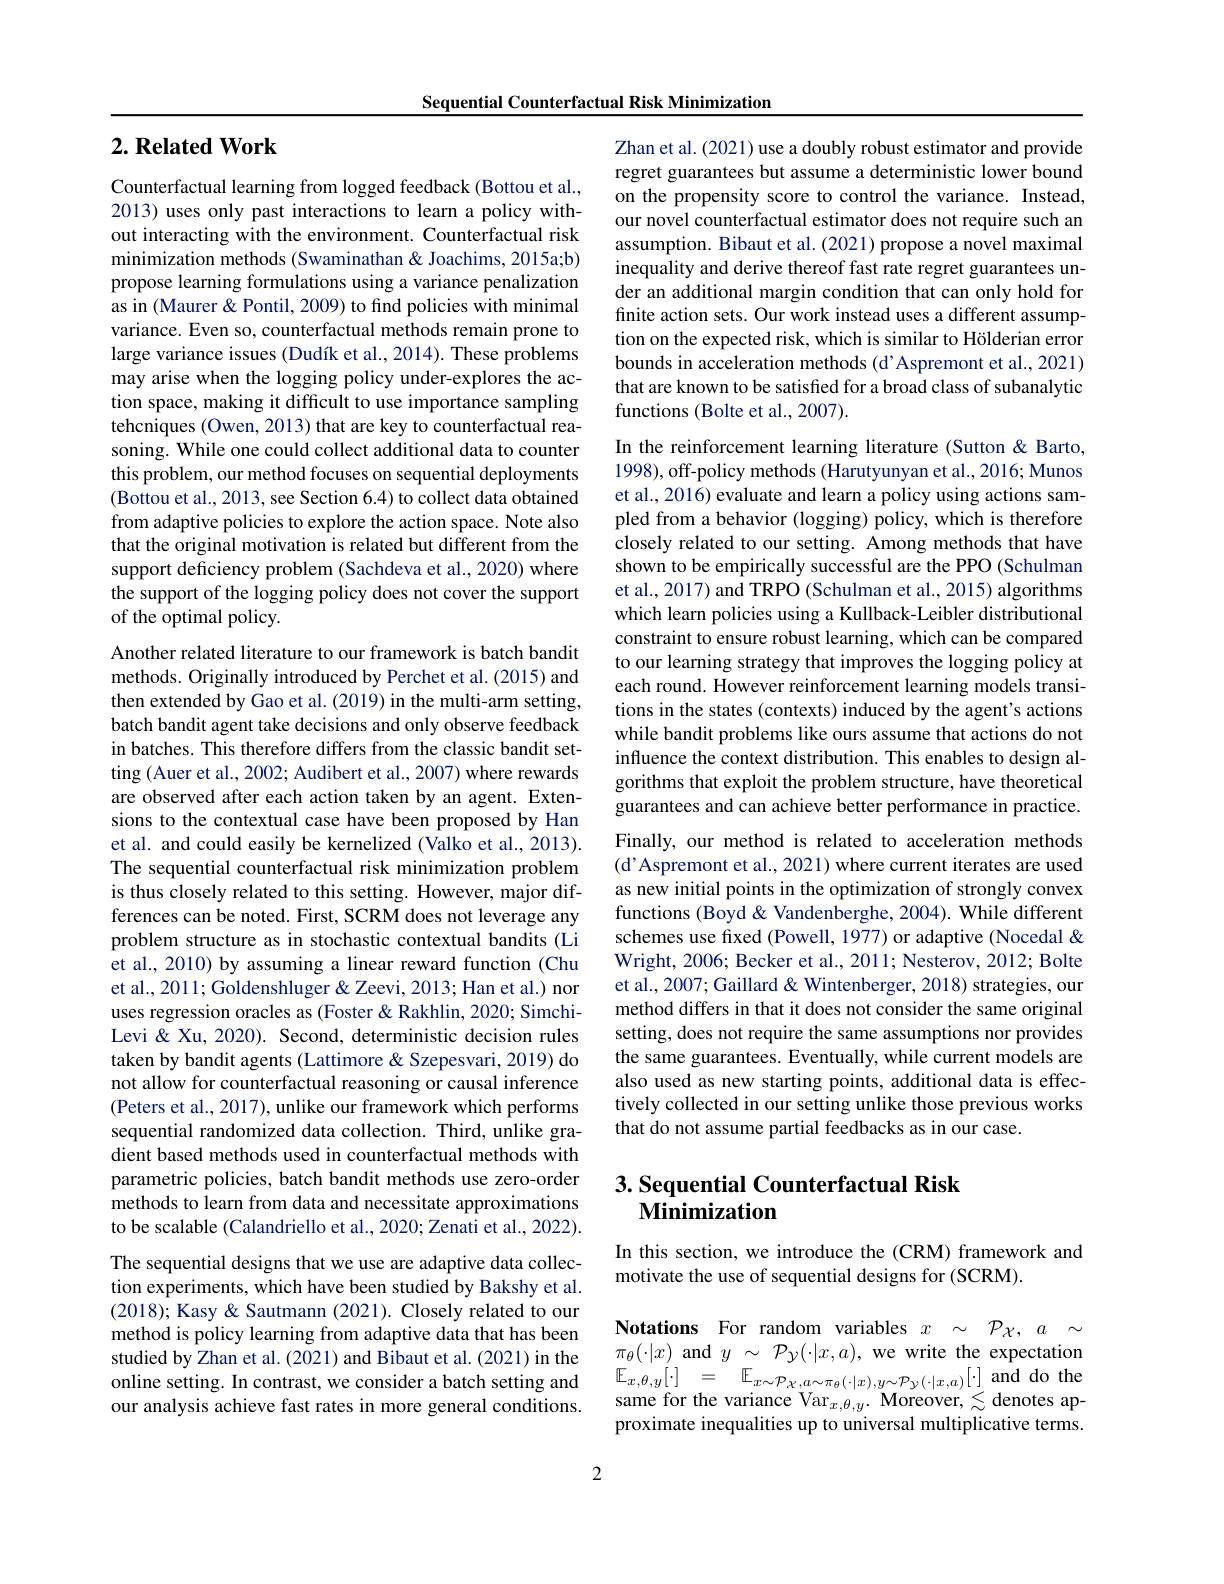
Sequential Counterfactual Risk Minimization

## $2. \textbf{Related Work}$

Counterfactual learning from logged feedback (Bottou et al., 2013) uses only past interactions to learn a policy without interacting with the environment. Counterfactual risk minimization methods (Swaminathan & Joachims, 2015a;b) propose learning formulations using a variance penalization as in (Maurer & Pontil, 2009) to find policies with minimal variance. Even so, counterfactual methods remain prone to large variance issues (Dudík et al., 2014). These problems may arise when the logging policy under-explores the action space, making it difficult to use importance sampling tehcniques (Owen, 2013) that are key to counterfactual reasoning. While one could collect additional data to counter this problem, our method focuses on sequential deployments (Bottou et al., 2013, see Section 6.4) to collect data obtained from adaptive policies to explore the action space. Note also that the original motivation is related but different from the support deficiency problem (Sachdeva et al., 2020) where the support of the logging policy does not cover the support of the optimal policy.

Another related literature to our framework is batch bandit methods. Originally introduced by Perchet et al.(2015) and then extended by Gao et al. (2019) in the multi-arm setting, batch bandit agent take decisions and only observe feedback in batches. This therefore differs from the classic bandit setting (Auer et al., 2002; Audibert et al., 2007) where rewards are observed after each action taken by an agent. Extensions to the contextual case have been proposed by Han et al. and could easily be kernelized (Valko et al., 2013). The sequential counterfactual risk minimization problem is thus closely related to this setting. However, major differences can be noted. First, SCRM does not leverage any problem structure as in stochastic contextual bandits (Li et al., 2010) by assuming a linear reward function (Chu et al., 2011; Goldenshluger & Zeevi, 2013; Han et al.) nor uses regression oracles as (Foster &Rakhlin, 2020; SimchiLevi &Xu, 2020). Second, deterministic decision rules taken by bandit agents (Lattimore & Szepesvari, 2019) do not allow for counterfactual reasoning or causal inference (Peters et al., 2017), unlike our framework which performs sequential randomized data collection. Third, unlike gradient based methods used in counterfactual methods with parametric policies, batch bandit methods use zero-order methods to learn from data and necessitate approximations to be scalable (Calandriello et al., 2020; Zenati et al., 2022). The sequential designs that we use are adaptive data collection experiments, which have been studied by Bakshy et al. (2018); Kasy & Sautmann (2021). Closely related to our method is policy learning from adaptive data that has been studied by Zhan et al.(2021) and Bibaut et al.(2021) in the online setting. In contrast, we consider a batch setting and our analysis achieve fast rates in more general conditions.

Zhan et al. (2021) use a doubly robust estimator and provide regret guarantees but assume a deterministic lower bound on the propensity score to control the variance. Instead, our novel counterfactual estimator does not require such an assumption. Bibaut et al. (2021) propose a novel maximal inequality and derive thereof fast rate regret guarantees under an additional margin condition that can only hold for finite action sets. Our work instead uses a different assumption on the expected risk, which is similar to Hölderian error bounds in acceleration methods (d'Aspremont et al., 2021) that are known to be satisfied for a broad class of subanalytic functions (Bolte et al., 2007).

In the reinforcement learning literature (Sutton & Barto, 1998), off-policy methods (Harutyunyan et al., 2016; Munos et al., 2016) evaluate and learn a policy using actions sampled from a behavior (logging) policy, which is therefore closely related to our setting. Among methods that have shown to be empirically successful are the PPO (Schulman et al., 2017) and TRPO (Schulman et al., 2015) algorithms which learn policies using a Kullback-Leibler distributional constraint to ensure robust learning, which can be compared to our learning strategy that improves the logging policy at each round. However reinforcement learning models transitions in the states (contexts) induced by the agent's actions while bandit problems like ours assume that actions do not influence the context distribution. This enables to design algorithms that exploit the problem structure, have theoretical guarantees and can achieve better performance in practice. Finally, our method is related to acceleration methods (d'Aspremont et al., 2021) where current iterates are used as new initial points in the optimization of strongly convex functions (Boyd & Vandenberghe, 2004). While different schemes use fixed (Powell, 1977) or adaptive (Nocedal & Wright, 2006; Becker et al., 2011; Nesterov, 2012; Bolte et al., 2007; Gaillard & Wintenberger, 2018) strategies, our method differs in that it does not consider the same original setting, does not require the same assumptions nor provides the same guarantees. Eventually, while current models are also used as new starting points, additional data is effectively collected in our setting unlike those previous works that do not assume partial feedbacks as in our case.

## 3. Sequential Counterfactual Risk Minimization

In this section, we introduce the (CRM) framework and
motivate the use of sequential designs for (SCRM).

Notations For random variables $x$ $\sim \mathcal{P} _{\mathcal{X} }, a \sim$ $\pi_{\theta}(\cdot|x)$ and $y_\mathrm{\sigma}\sim\mathcal{P}_{y}(\cdot|x,a)$, we write the expectation $\mathbb{E} _{x, \theta , y}[ \cdot ]$ = $\mathbb{E} _{x\sim \mathcal{P} _{\mathcal{X} , a\sim \pi _{\theta }}( \cdot | x) , y\sim \mathcal{P} _{\mathcal{Y} }( \cdot | x, a) }[ \cdot ]$and do the same for the variance Var$_x,\theta,y.$ Moreover, $\lesssim$denotes approximate inequalities up to universal multiplicative terms.

2